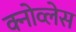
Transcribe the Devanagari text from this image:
क्नोव्लेस